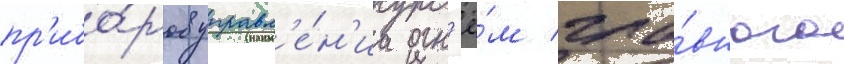
пр'ибо́ров управл'е́н'иа огн'ё́м гла́вного